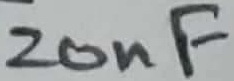
Text: 20nF